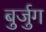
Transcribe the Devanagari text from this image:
बुर्जुग